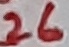
Text: 26